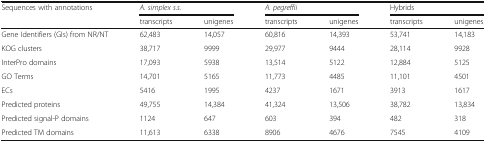
<table><thead><tr><td rowspan="2"><b>Sequences with annotations</b></td><td colspan="2"><b><i>A. simplex s.s.</i></b></td><td colspan="2"><b><i>A. pegreffii</i></b></td><td colspan="2"><b>Hybrids</b></td></tr><tr><td><b>transcripts</b></td><td><b>unigenes</b></td><td><b>transcripts</b></td><td><b>unigenes</b></td><td><b>transcripts</b></td><td><b>unigenes</b></td></tr></thead><tbody><tr><td>Gene Identifiers (GIs) from NR/NT</td><td>62,483</td><td>14,057</td><td>60,816</td><td>14,393</td><td>53,741</td><td>14,183</td></tr><tr><td>KOG clusters</td><td>38,717</td><td>9999</td><td>29,977</td><td>9444</td><td>28,114</td><td>9928</td></tr><tr><td>InterPro domains</td><td>17,093</td><td>5938</td><td>13,514</td><td>5122</td><td>12,884</td><td>5125</td></tr><tr><td>GO Terms</td><td>14,701</td><td>5165</td><td>11,773</td><td>4485</td><td>11,101</td><td>4501</td></tr><tr><td>ECs</td><td>5416</td><td>1995</td><td>4237</td><td>1671</td><td>3913</td><td>1617</td></tr><tr><td>Predicted proteins</td><td>49,755</td><td>14,384</td><td>41,324</td><td>13,506</td><td>38,782</td><td>13,834</td></tr><tr><td>Predicted signal-P domains</td><td>1124</td><td>647</td><td>603</td><td>394</td><td>482</td><td>318</td></tr><tr><td>Predicted TM domains</td><td>11,613</td><td>6338</td><td>8906</td><td>4676</td><td>7545</td><td>4109</td></tr></tbody></table>